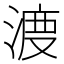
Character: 𱧣